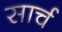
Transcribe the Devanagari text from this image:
सार्च